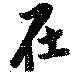
在